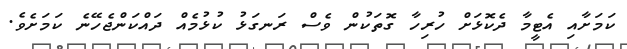
ކަމަށާއި އެޓީމާ ދެކޮޅަށް ހުރިހާ ގޮތަކުން ވެސް ރަނގަޅު ކުޅުމެއް ދައްކަންޖެހޭނެ ކަމަށެވެ.